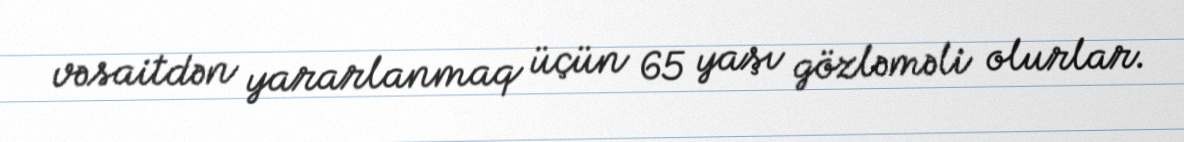
vəsaitdən yararlanmaq üçün 65 yaşı gözləməli olurlar.